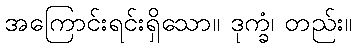
အကြောင်းရင်းရှိသော။ ဒုက္ခံ၊ တည်း။